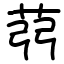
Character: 𦭲